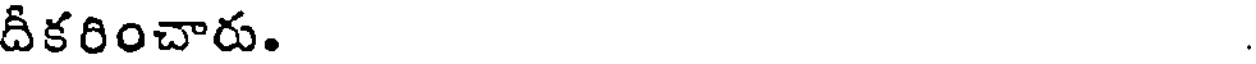
దీకరించారు.